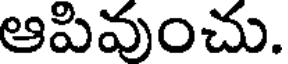
ఆపివుంచు.